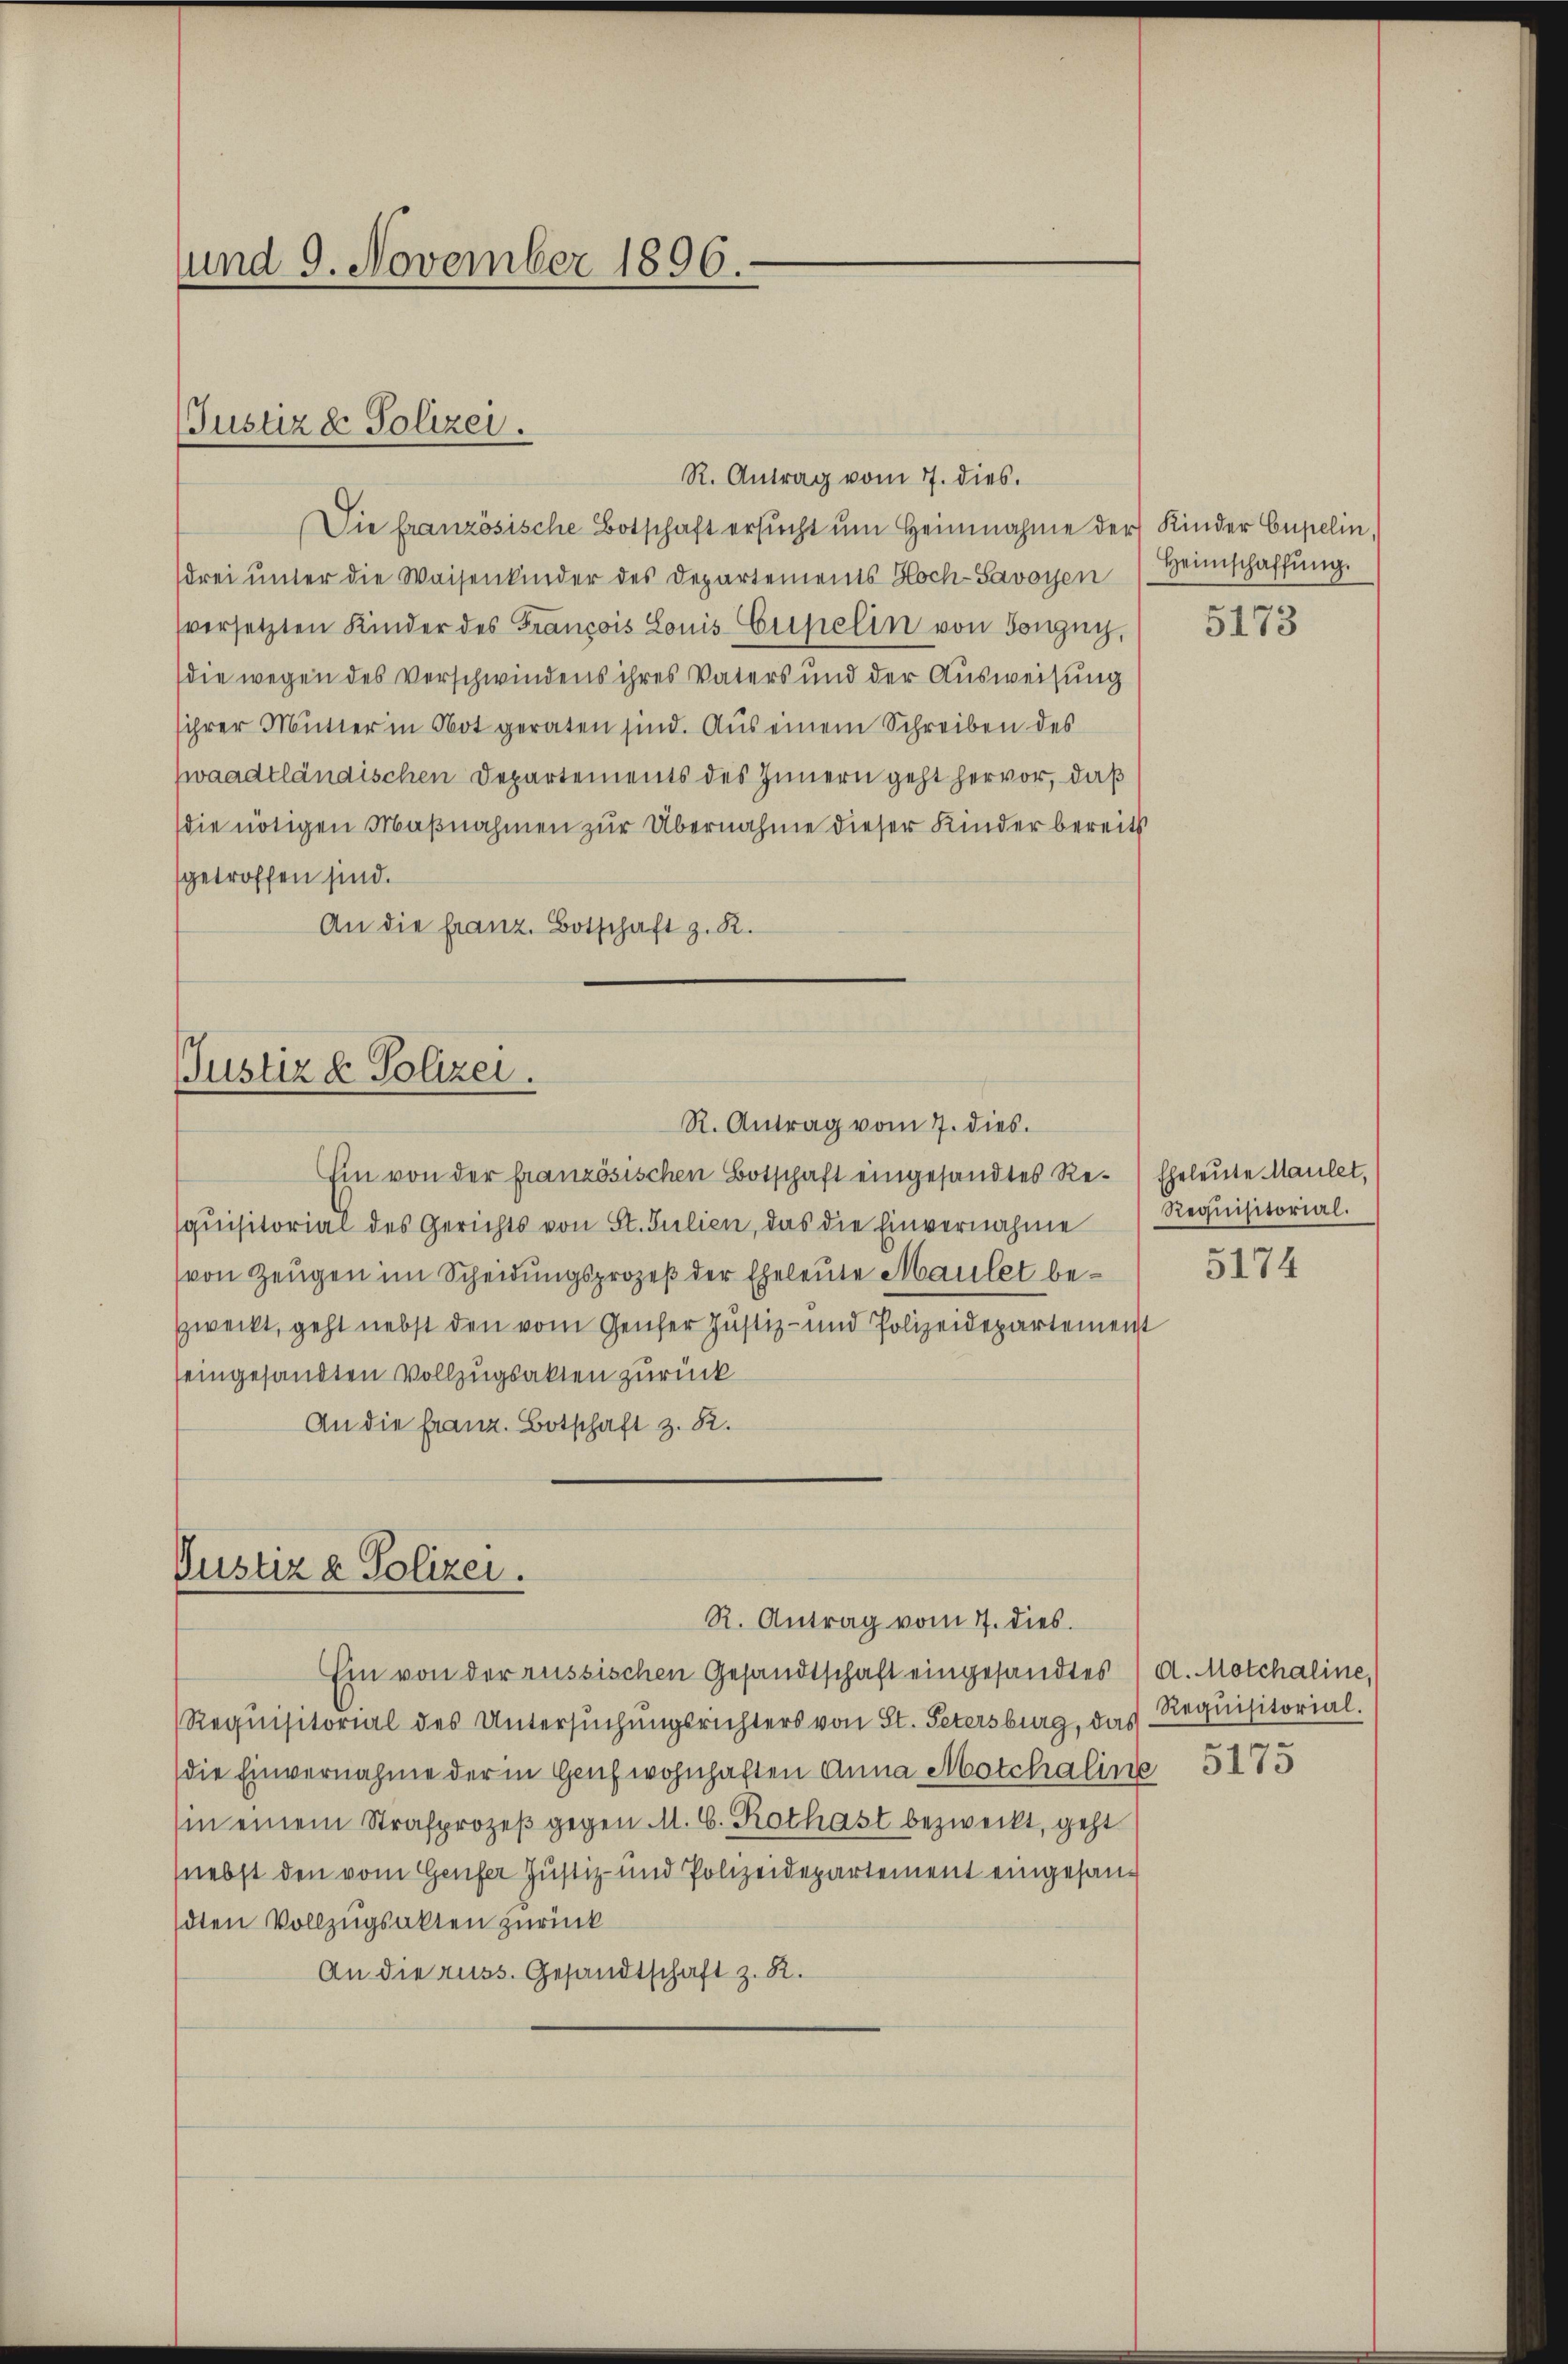
und 9. November 1896.

Justiz & Polizei.

R. Antrag vom 7. dies.
Die französische Botschaft ersŭcht ŭm Heinnahme der Kinder Cupelin,
(drei ŭnter die Waisenkinder des Departements Hoch-Savoyen Heimschaffŭng.
versetzten Kinder des François Louis Cupelin von Tongny,
die wegen des Verschwindens ihres Vaters und der Ausweisung
sihrer Mutter in Not geraten sind. Aus einem Schreiben des
zwaadtländischen Departements des Innern geht hervor, daß
die nötigen Maβnahmen zur Übernahme dieser Kinder bereits
getroffen sind.
An die franz. Botschaft z. R.

Ein von der französischen Botschaft eingesandtes Re-Eheleute Maulet,
quisitorial des Gerichts von St. Julien, das die Einvernahme
(von Zeugen im Scheidungsprozeß der Eheleute Maulet bezweckt, geht nebst den vom Genfer Justiz- und Polizeidepartement
seingesandten Vollzugsakten zurück
An die franz. Botschaft z. B.

Justiz & Polizei.
R. Antrag vom 7. dies.

Justiz & Polizei.
R. Antrag vom 7. dies

Ein von der russischen Gesandtschaft eingesandtes d. Motchaline,
Requisitorial des Untersuchungsrichters von St. Petersburg, das
die Einvernahme der in Genf wohnhaften Anna Motchaline
sin einem Strafprozeβ gegen M. C. Rothast bezweckt, geht
(nebst den vom Genfer Justiz- und Polizeidepartement eingesandten Vollzugsalten zurück
An die russ. Gesandtschaft z. R.

5173

Requisitorial.

5174

Requisitorial.
5175